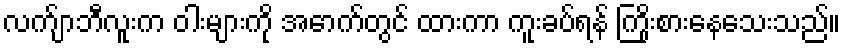
လက်ျာဘီလူးက ဝါးများကို အောက်တွင် ထားကာ ကူးခပ်ရန် ကြိုးစားနေသေးသည်။